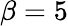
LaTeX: \beta=5